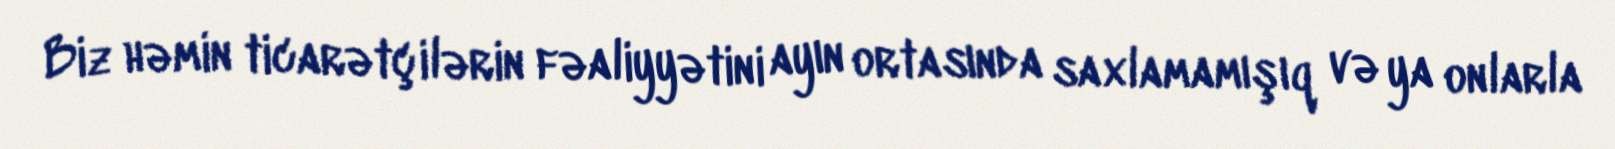
Biz həmin ticarətçilərin fəaliyyətini ayın ortasında saxlamamışıq və ya onlarla